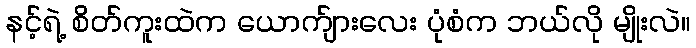
နင့်ရဲ့ စိတ်ကူးထဲက ယောက်ျားလေး ပုံစံက ဘယ်လို မျိုးလဲ။